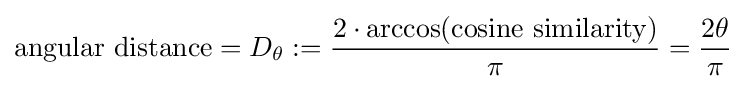
{\text{angular distance}}=D_{\theta }:={\frac {2\cdot \arccos({\text{cosine similarity}})}{\pi }}={\frac {2\theta }{\pi }}